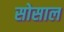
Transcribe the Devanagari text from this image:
सोसाल